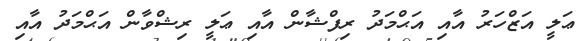
ޢަލީ އަޒްހަރު އާއި އަޙްމަދު ރިފްޝާން އާއި ޢަލީ ރިޝްވާން އަޙްމަދު އާއި